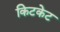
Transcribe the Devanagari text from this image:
किटकेट